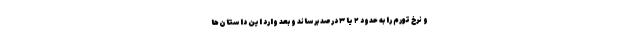
و نرخ تورم را به حدود ۲ یا ۳ درصد برساند و بعد وارد این داستان‌ها